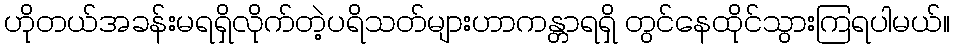
ဟိုတယ်အခန်းမရရှိလိုက်တဲ့ပရိသတ်များဟာကန္တာရရှိ တွင်နေထိုင်သွားကြရပါမယ်။